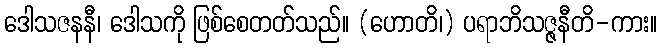
ဒေါသဇနနီ၊ ဒေါသကို ဖြစ်စေတတ်သည်။ (ဟောတိ၊) ပရာဘိသဇ္ဇနီတိ-ကား။